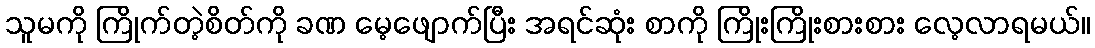
သူမကို ကြိုက်တဲ့စိတ်ကို ခဏ မေ့ဖျောက်ပြီး အရင်ဆုံး စာကို ကြိုးကြိုးစားစား လေ့လာရမယ်။